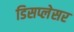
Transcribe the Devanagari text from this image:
डिसप्लेसर